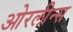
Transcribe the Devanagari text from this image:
ओरलीन्स